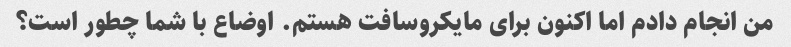
من انجام دادم اما اکنون برای مایکروسافت هستم. اوضاع با شما چطور است؟